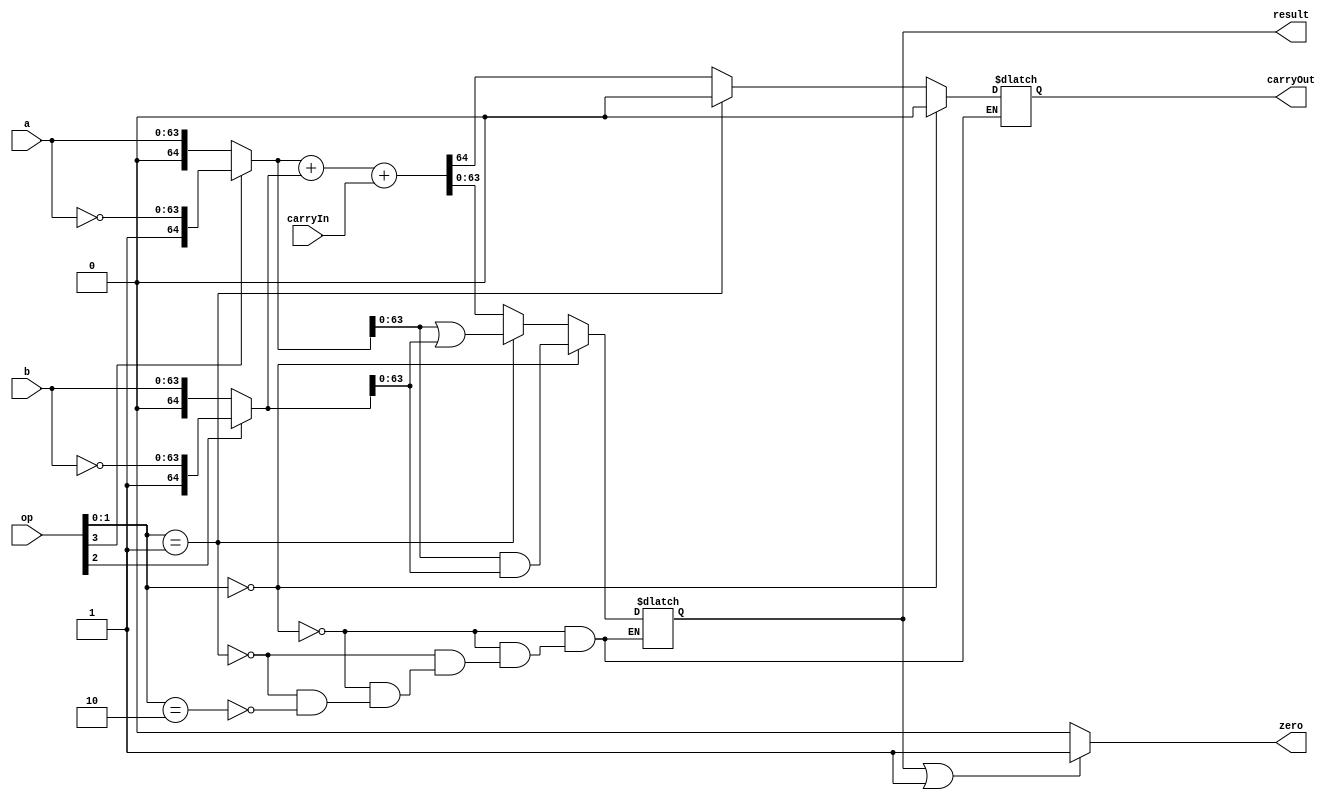
module ALU64Bit
  (
  input [63:0] a,
  input [63:0] b,
  input carryIn,
  input [3:0] op,
  output reg [63:0] result,
  output reg zero, carryOut
  );
  
  wire aInvert, bInvert;
  assign aInvert = op[3];
  assign bInvert = op[2];
  
  wire [1:0] operation;
  
  //---
  assign operation = op[1:0];     //need to be checked		//resolved
  //---
    
  initial
  zero = 1'b0;
  
  wire [64:0] aNew;
  assign aNew = aInvert ? {{1'b1},~a} : {{1'b0},a};
  
  wire [64:0] bNew;
  assign bNew = bInvert ? {{1'b1},~b} : {{1'b0},b};
  
  wire [64:0] carryIn64;
  assign carryIn64 = {{64{1'b0}},carryIn};
  
  reg [64:0] fullResult;
  
  always @*
  begin
  if (operation == 2'b00)
    begin
    fullResult = aNew & bNew;
    carryOut = 1'b0;
	end
  else if (operation == 2'b01)
    begin
    fullResult = aNew | bNew;
    carryOut = 1'b0;
    end
  else if (operation == 2'b10)
    begin
    fullResult = aNew + bNew + carryIn64;
	carryOut = fullResult[64];
    end
	end
	
	always @*
	begin
	result = fullResult[63:0];
	if (result || 64'b0 == 64'b0)
		zero = 1'b1;
	else
		zero = 1'b0;
	end
    
	
    
endmodule